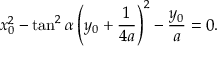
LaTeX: x _ { 0 } ^ { 2 } - \tan ^ { 2 } \alpha \left( y _ { 0 } + { \frac { 1 } { 4 a } } \right) ^ { 2 } - { \frac { y _ { 0 } } { a } } = 0 .